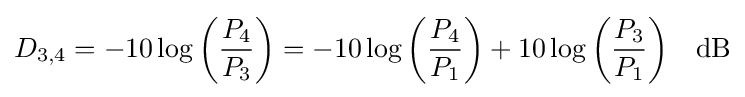
D_{3,4}=-10\log {\left({\frac {P_{4}}{P_{3}}}\right)}=-10\log {\left({\frac {P_{4}}{P_{1}}}\right)}+10\log {\left({\frac {P_{3}}{P_{1}}}\right)}\quad {\rm {dB}}